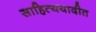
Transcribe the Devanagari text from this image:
साहित्ययादीत